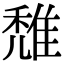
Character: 𨿖